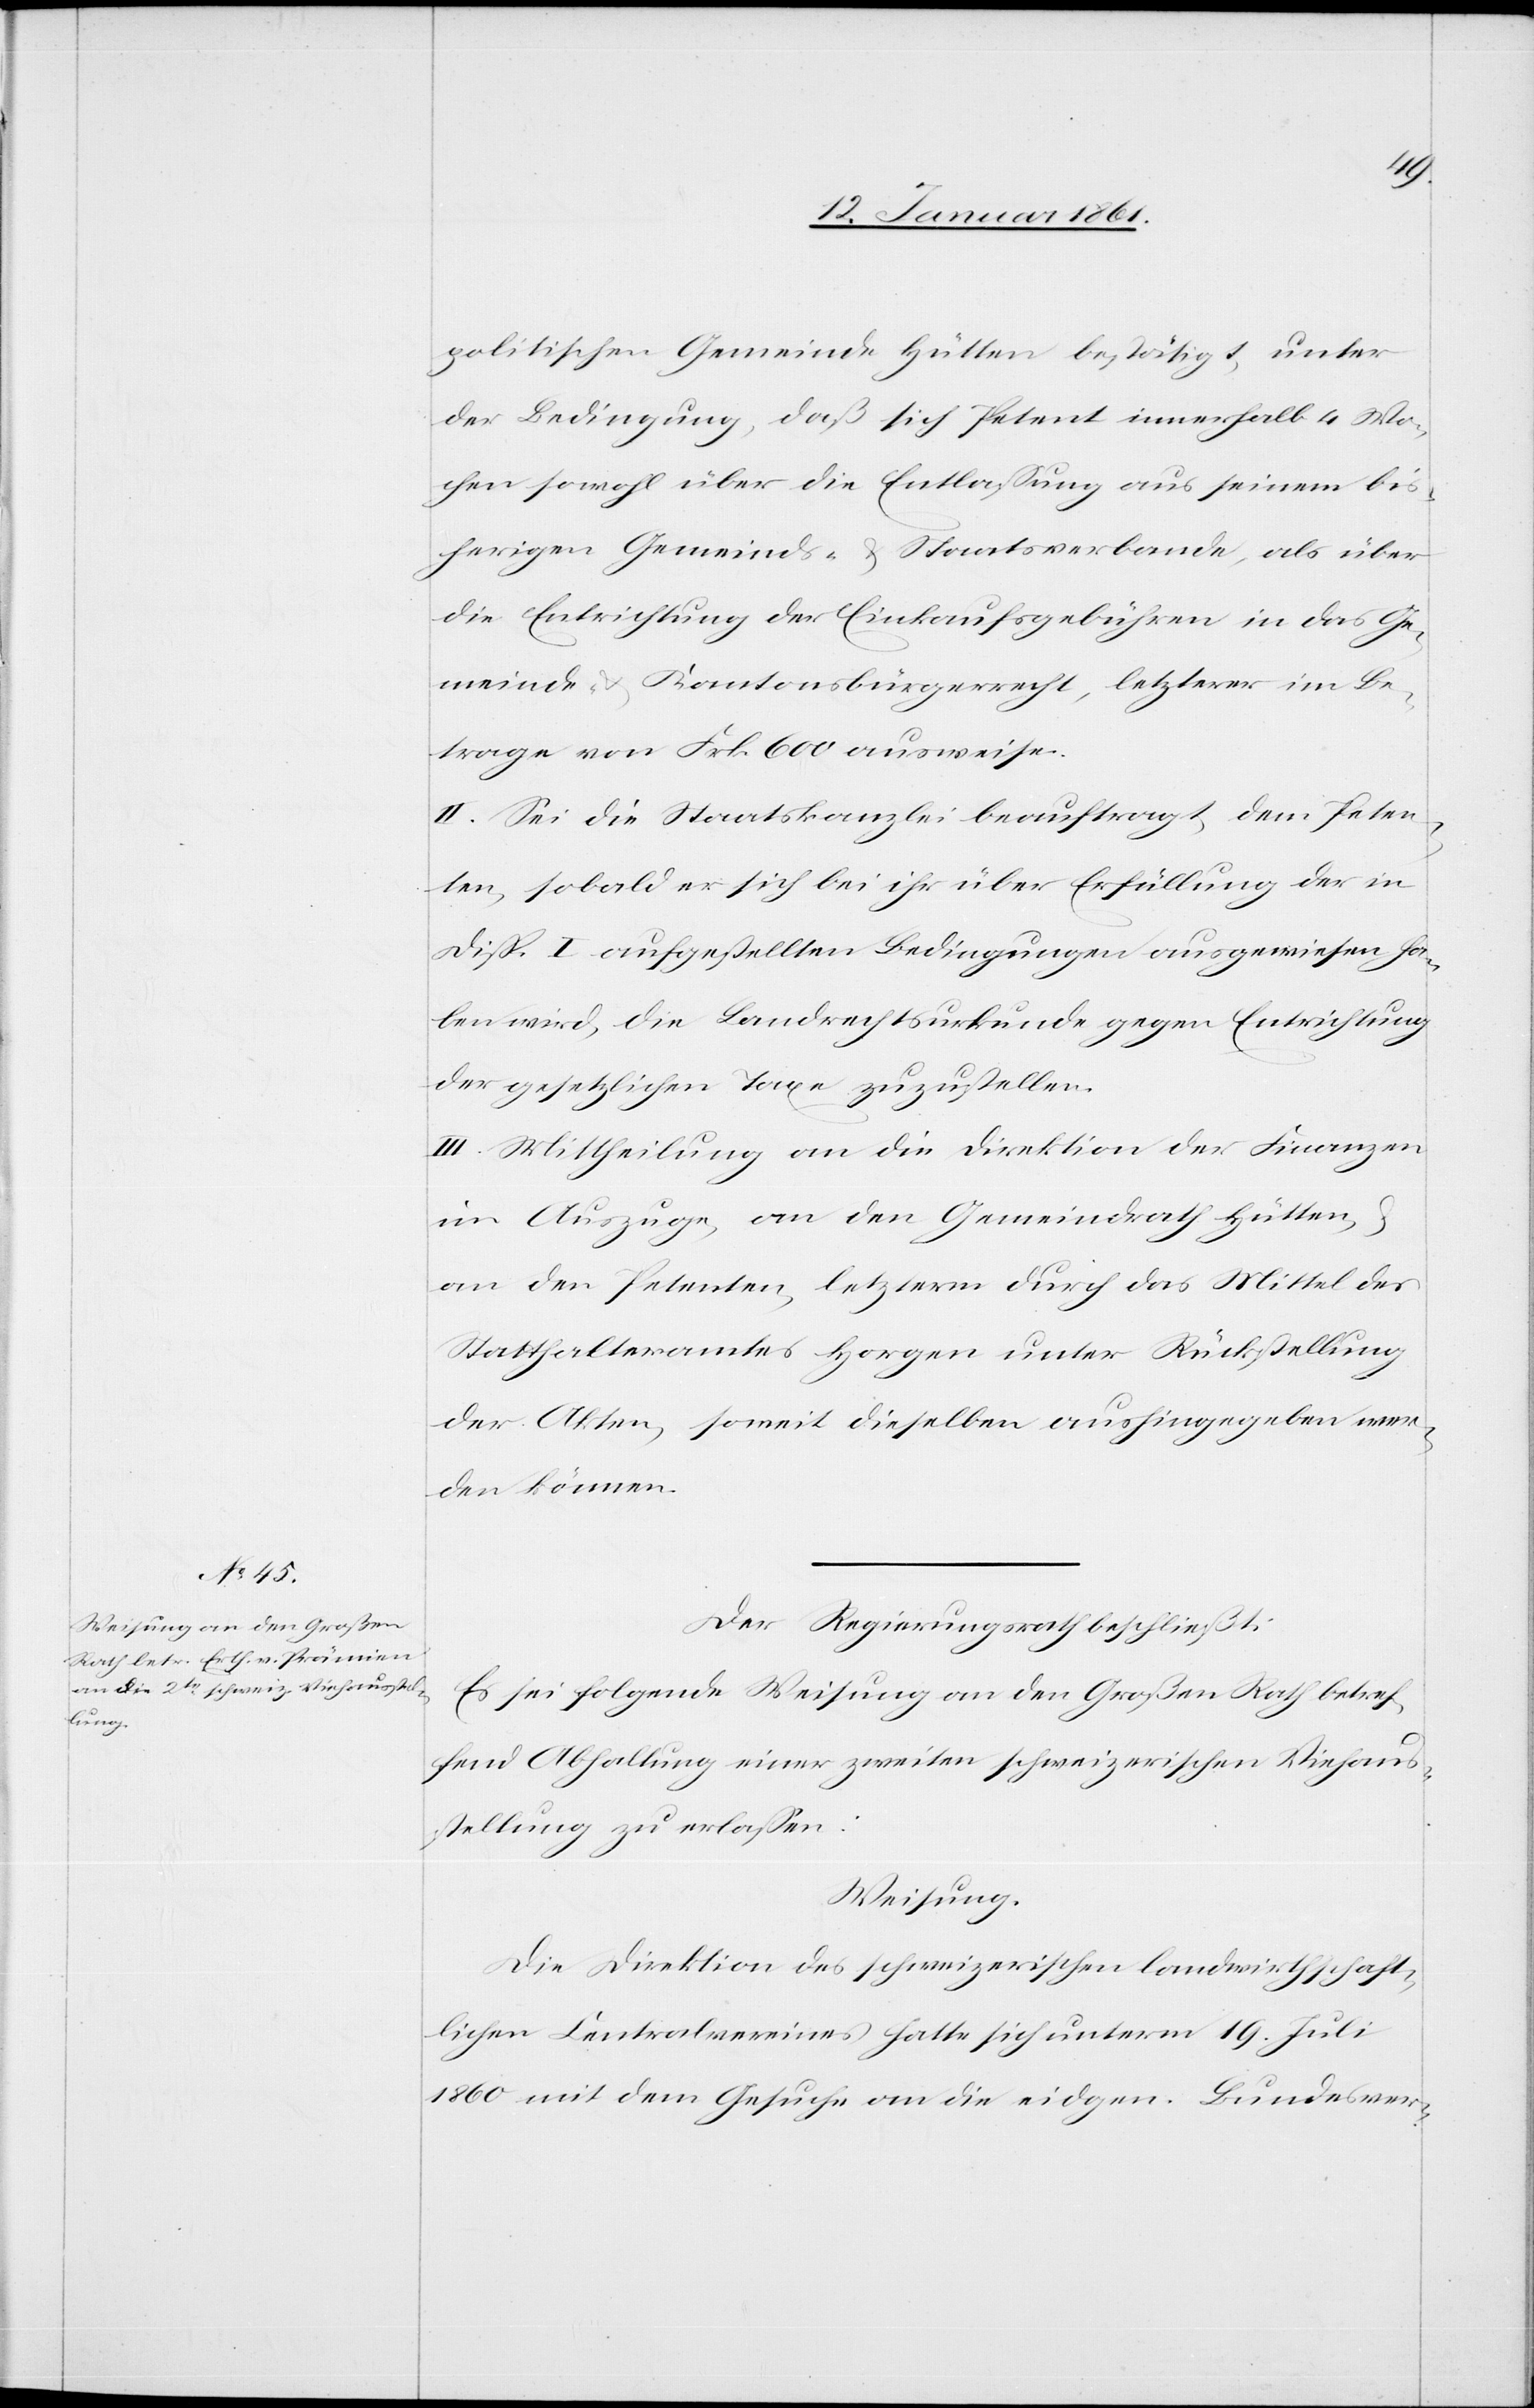
politischen Gemeinde Hütten bestätigt, unter
der Bedingung, daß sich Petent innerhalb 4 Wo¬
chen sowohl über die Entlassung aus seinem bis¬
herigen Gemeinds- u. Staatsverbande, als über
die Entrichtung der Einkaufsgebühren in das Ge¬
meinde- u. Kantonsbürgerrecht, letzterer im Be¬
trage von Frk. 600 ausweise.
II. Sei die Staatskanzlei beauftragt, dem Peten¬
ten, sobald er sich bei ihr über Erfüllung der in
Disp. I. aufgestellten Bedingungen ausgewiesen ha¬
ben wird, die Landrechtsurkunde gegen Entrichtung
der gesetzlichen Taxe zuzustellen.
III. Mittheilung an die Direktion der Finanzen
im Auszuge, an den Gemeindrath Hütten
an den Petenten, letzterm durch das Mittel des
Statthalteramtes Horgen unter Rückstellung
der Akten, soweit dieselben aushingegeben wer¬
den können.
Der Regierungsrath beschließt:
Es sei folgende Weisung an den Großen Rath betref¬
fend Abhaltung einer zweiten schweizerischen Viehaus¬
stellung zu erlassen:
Weisung:
Die Direktion des schweizerischen landwirthschaft¬
lichen Centralvereins hätte sich unterm 19. Juli
1860 mit dem Gesuche an die eidgen. Bundesver-